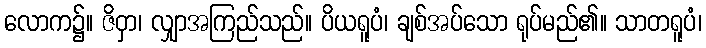
လောက၌။ ဇိဝှာ၊ လျှာအကြည်သည်။ ပိယရူပံ၊ ချစ်အပ်သော ရုပ်မည်၏။ သာတရူပံ၊